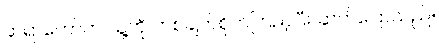
ဆရာတော်က သူ့ကို တစ်ချက်စိုက်ကြည့်ပြီး ဆက်ပြောသည်။